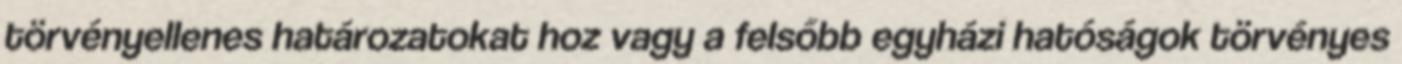
törvényellenes határozatokat hoz vagy a felsőbb egyházi hatóságok törvényes